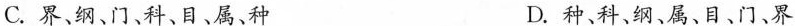
C.界、纲、门、科、目、属、种 D.种、科、纲、属、目、门、界